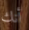
أنك